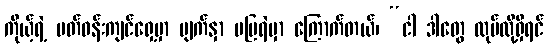
ကိုယ့်ရဲ့ ပတ်ဝန်းကျင်ရှေ့မှာ မျက်နှာ မပြရဲမှာ ကြောက်တယ်၊ “ငါ ဒါတွေ လုပ်လို့ရှိရင်